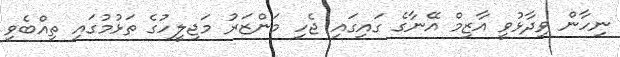
ނިހާން ވިދާޅުވީ އާޒިމް އޭނާގެ ގައިގައި ޖެހި މަންޒަރު މަޖިލީހުގެ ތަޅުމުގައި ތިއްބެވި